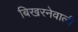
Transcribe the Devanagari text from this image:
बिखरनेवाली